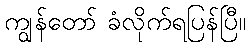
ကျွန်တော် ခံလိုက်ရပြန်ပြီ။